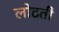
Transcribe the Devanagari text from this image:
लोटती